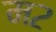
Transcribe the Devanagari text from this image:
म२